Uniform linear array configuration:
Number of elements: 4
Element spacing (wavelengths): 0.5
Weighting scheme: hann
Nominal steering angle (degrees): -15
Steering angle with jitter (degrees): -14.469
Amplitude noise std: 0.05
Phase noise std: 0.05

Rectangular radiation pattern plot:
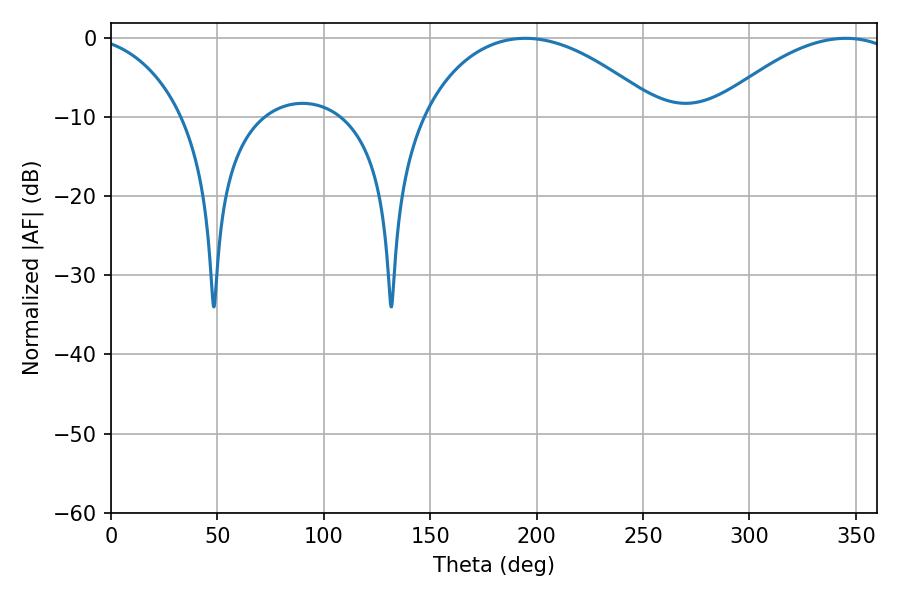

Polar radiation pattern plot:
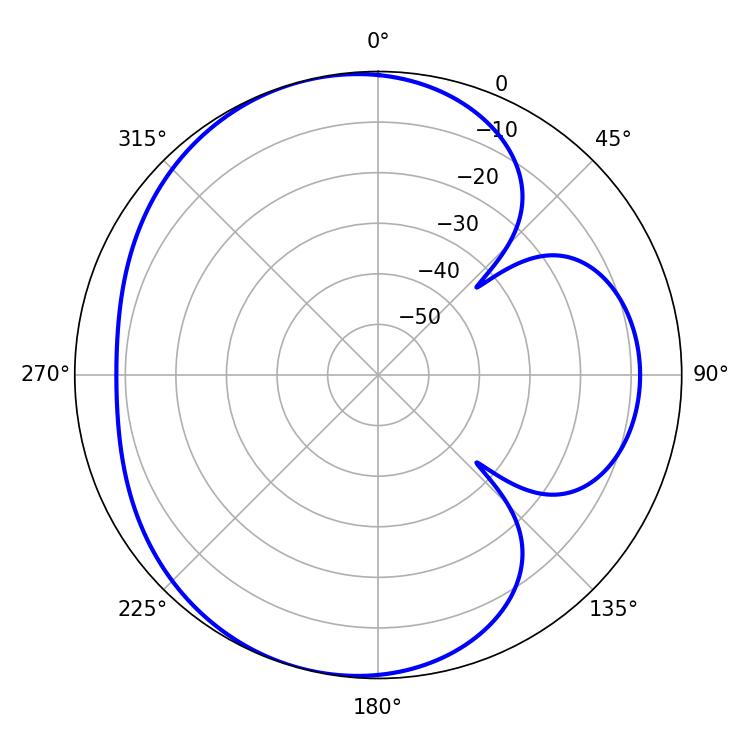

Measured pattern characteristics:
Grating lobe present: FALSE
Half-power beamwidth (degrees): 63
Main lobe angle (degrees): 194.58